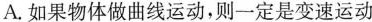
A.如果物体做曲线运动，则一定是变速运动